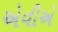
એવીએ